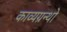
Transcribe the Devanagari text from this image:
काव्यग्रन्थो